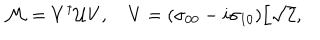
{ \cal M } = V ^ { \dagger } { \cal U } V , \quad V = ( \sigma _ { 0 0 } - i \sigma _ { 1 0 } ) / \sqrt { 2 } ,